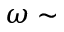
\omega \sim